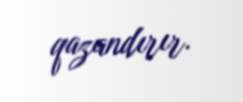
qazandırır.